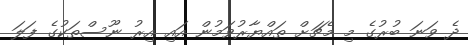
ދެ ވަނަ ބުރުގެ މި މެޗަށް ތައްޔާރުވަމުން އައި އިރު ނޫސްތަކުގެ ފަލަ